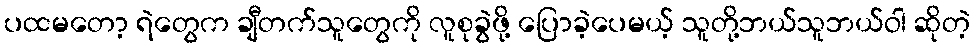
ပထမတော့ ရဲတွေက ချီတက်သူတွေကို လူစုခွဲဖို့ ပြောခဲ့ပေမယ့် သူတို့ဘယ်သူဘယ်ဝါ ဆိုတဲ့